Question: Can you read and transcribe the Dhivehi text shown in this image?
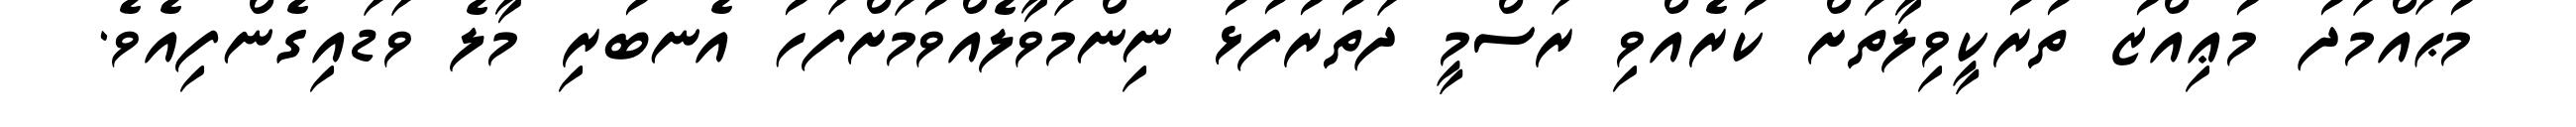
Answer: މުޙައްމަދު މުޢިއްޒު ތުރުކީވިލާތަށް ކުރެއްވި ރަސްމީ ދަތުރުފުޅު ނިންމަވާލެއްވުމަށްފަހު އެނބުރި މާލެ ވަޑައިގެންފިއެވެ.